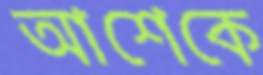
আশেকে